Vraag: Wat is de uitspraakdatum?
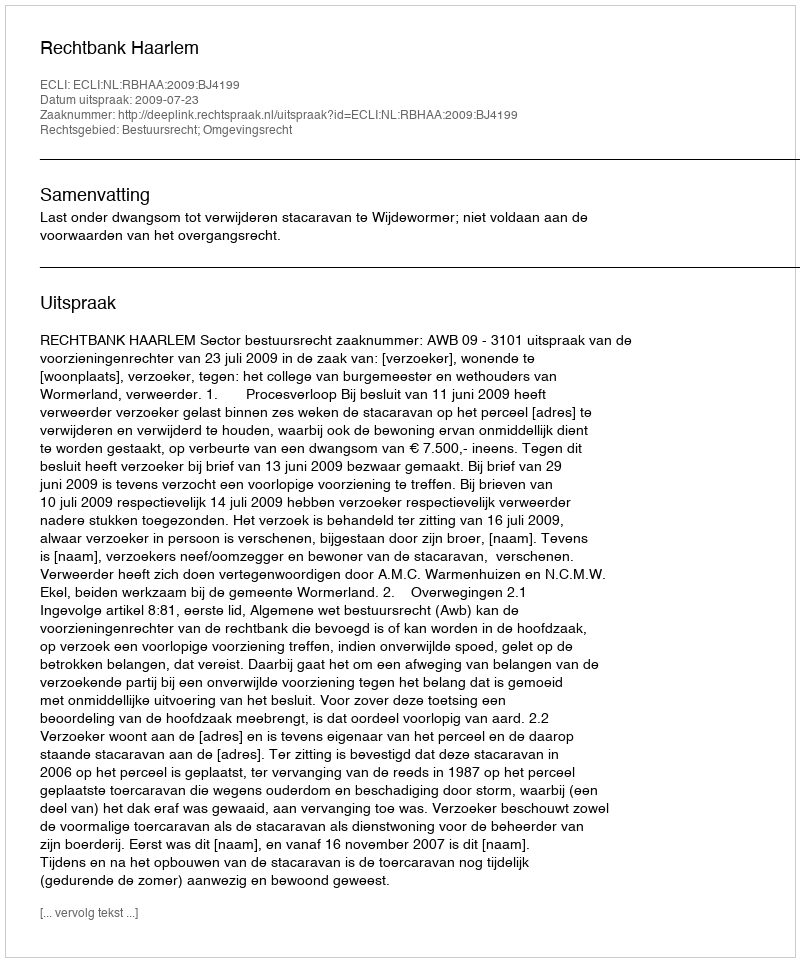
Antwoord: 2009-07-23